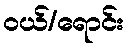
ဝယ်/ရောင်း